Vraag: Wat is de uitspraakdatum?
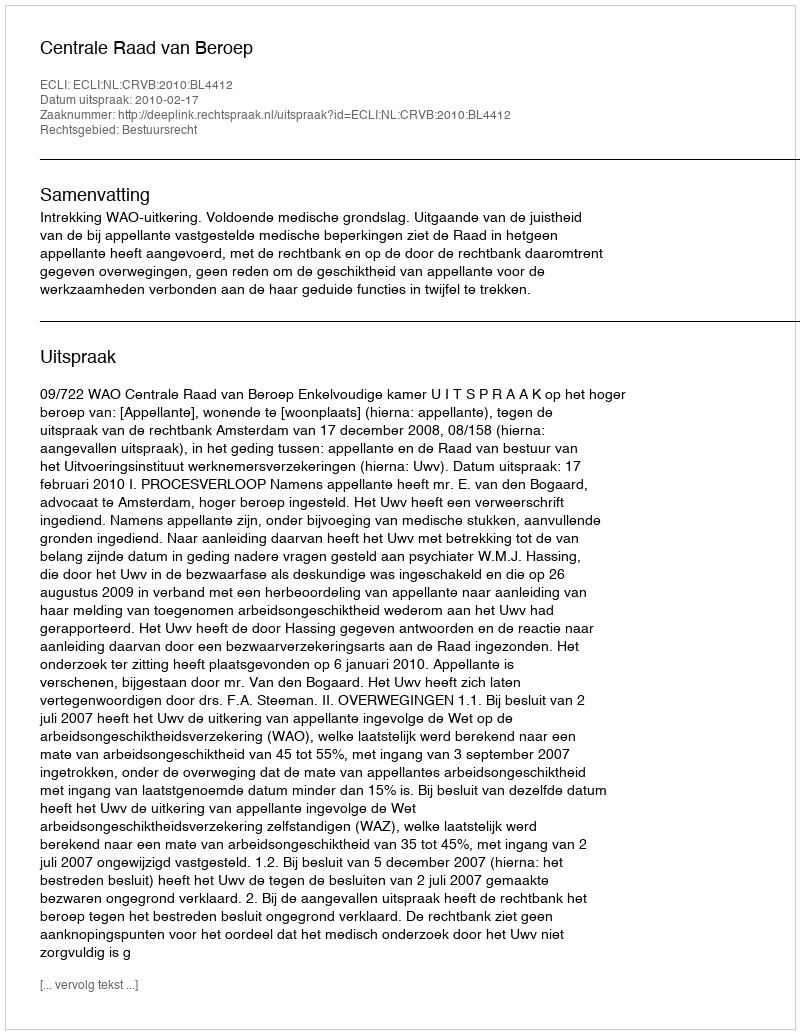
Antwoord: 2010-02-17